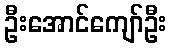
ဦးအောင်ကျော်ဦး